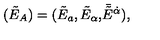
( \tilde { E } _ { A } ) = ( \tilde { E } _ { a } , \tilde { E } _ { \alpha } , \bar { \! \tilde { E } } { } ^ { \dot { \alpha } } ) ,